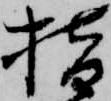
指